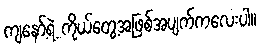
ကျနော့်ရဲ့ ကိုယ်တွေ့အဖြစ်အပျက်ကလေးပါ။